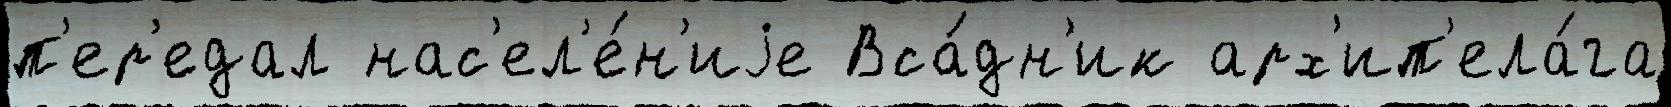
п'ер'едал нас'ел'е́н'иjе Вса́дн'ик арх'ип'ела́га